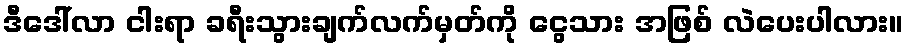
ဒီဒေါ်လာ ငါးရာ ခရီးသွားချက်လက်မှတ်ကို ငွေသား အဖြစ် လဲပေးပါလား။